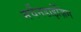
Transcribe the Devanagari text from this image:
मर्चैनडाईज़िंग